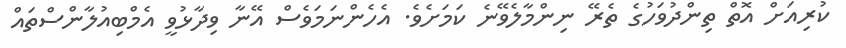
ކުރިއަށް އޮތް ތިންދުވަހުގެ ތެރޭ ނިންމާލެވޭނެ ކަމަށެވެ. އެހެންނަމަވެސް އޭނާ ވިދާޅުވީ އެމްބިއުލާންސްތައް